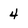
Character: 4